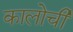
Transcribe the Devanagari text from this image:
कालोची